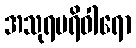
အသုရပရိဝါရော